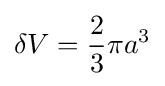
\delta V={\frac {2}{3}}\pi a^{3}